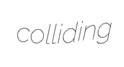
colliding